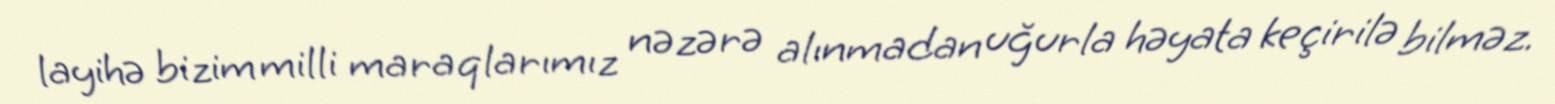
layihə bizim milli maraqlarımız nəzərə alınmadan uğurla həyata keçirilə bilməz.